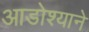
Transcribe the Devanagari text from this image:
आडोश्याने